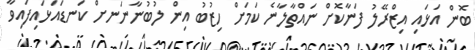
ބޮން އަޅައި އިޒްރޭލު ފަނާކޮށް ނައްތާލާނެ ކަމަށް ހިޒުބު އިން ލުބުނާނަނށް ކަނޑައަޅައިފައިވާ